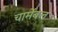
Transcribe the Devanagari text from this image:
चार्मेबल